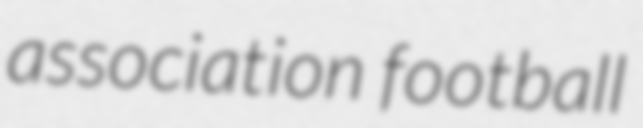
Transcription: association football